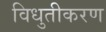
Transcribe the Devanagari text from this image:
विधुतीकरण